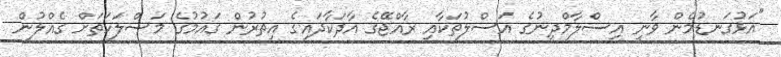
"އަޅުގަނޑުމެން ވާނީ އިސްލާމްދީނުގެ އަސްލުތަކާއި ރާއްޖޭގެ އާދަކާދައިގެ އިތުރުން ގައުމުގެ މަސްލަހަތަށް ގެއްލުން